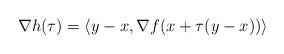
LaTeX: \begin{align*}\nabla h(\tau) = \langle y-x,\nabla f(x+\tau(y-x))\rangle\end{align*}